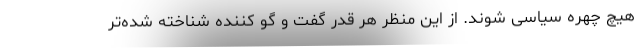
هیچ چهره سیاسی شوند. از این منظر هر قدر گفت و گو کننده شناخته شده‌تر